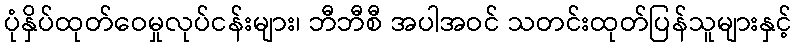
ပုံနှိပ်ထုတ်ဝေမှုလုပ်ငန်းများ၊ ဘီဘီစီ အပါအဝင် သတင်းထုတ်ပြန်သူများနှင့်